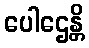
ပေါဌေန္တိ